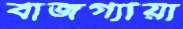
বাজগ্যায়া